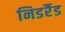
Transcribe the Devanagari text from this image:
निडर्रैड